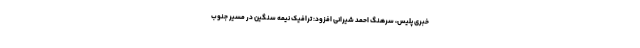
خبری پلیس، سرهنگ احمد شیرانی افزود: ترافیک نیمه سنگین در مسیر جنوب